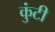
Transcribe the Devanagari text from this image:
कुंटी